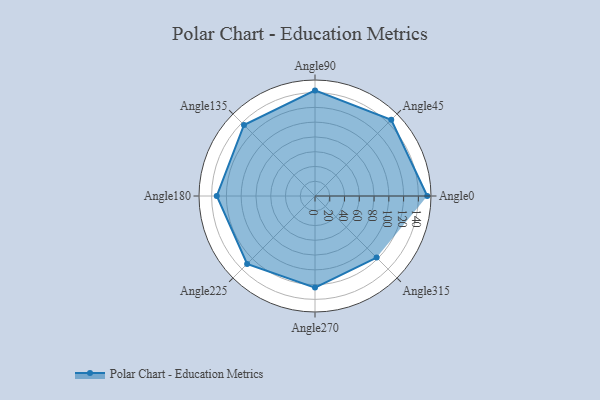
{"axis": {"x": "Angle", "y": "Radius"}, "legend": [""], "data": [{"x": "Angle0", "y": 152.0, "type": ""}, {"x": "Angle45", "y": 146.0, "type": ""}, {"x": "Angle90", "y": 143.0, "type": ""}, {"x": "Angle135", "y": 136.0, "type": ""}, {"x": "Angle180", "y": 133.0, "type": ""}, {"x": "Angle225", "y": 130.0, "type": ""}, {"x": "Angle270", "y": 124.0, "type": ""}, {"x": "Angle315", "y": 118.0, "type": ""}]}